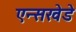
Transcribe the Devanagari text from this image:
एन्सखेडे